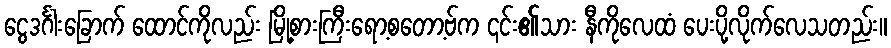
ငွေဒင်္ဂါးခြောက် ထောင်ကိုလည်း မြို့စားကြီးရော့စတော့ဗ်က ၎င်း၏သား နီကိုလေထံ ပေးပို့လိုက်လေသတည်း။